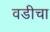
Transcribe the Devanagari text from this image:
वडीचा